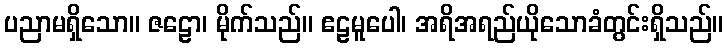
ပညာမရှိသော။ ဇဠော၊ မိုက်သည်။ ဧဠမူပေါ၊ အရိအရည်ယိုသောခံတွင်းရှိသည်။